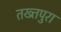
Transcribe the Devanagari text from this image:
तख्तपुरा